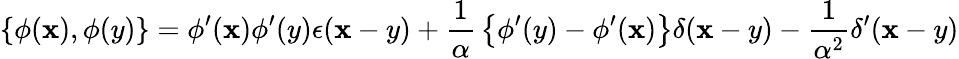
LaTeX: \left\{ \phi(\mathbf{x}),\phi(y)\right\} =\phi^{\prime}(\mathbf{x})\phi^{\prime}(y)\epsilon(\mathbf{x}-y)+{\frac{{1}}{{\alpha}}}\left\{ \phi^{\prime}(y)-\phi^{\prime}(\mathbf{x})\right\} \delta(\mathbf{x}-y)-{\frac{{1}}{{\alpha^{2}}}}\delta^{\prime}(\mathbf{x}-y)